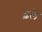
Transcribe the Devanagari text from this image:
ढ़ले